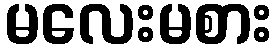
မလေးမစား